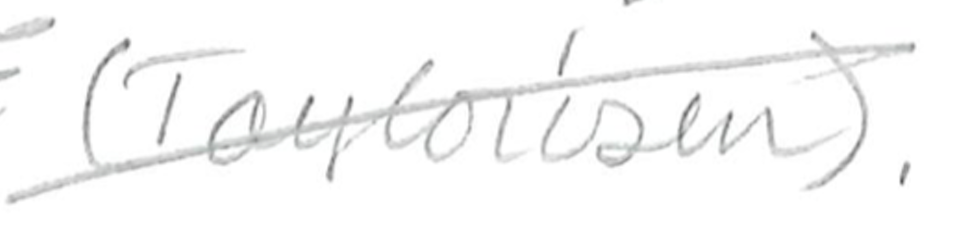
Text: (Taylorism).
Cross-out: diagonal
Writing tool: pencil